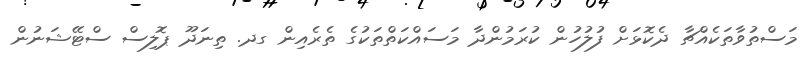
މަސްތުވާތަކެއްޗާ ދެކޮޅަށް ފުލުހުން ކުރަމުންދާ މަސައްކަތްތަކުގެ ތެރެއިން ގދ. ތިނަދޫ ޕޮލިސް ސްޓޭޝަނުން